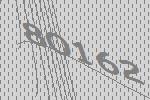
80162